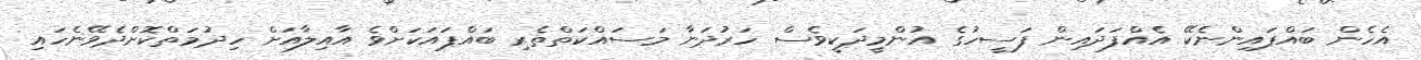
އެހެން ބައްޕައިންނެކޭ އެއްފަދައިން ފަސީހުގެ އުންމީދަކީވެސް ހަރުދަނާ މަސައްކަތްތެރި ބައްޕައަކަށްވެ އާއިލާއަށް ހިދުމަތްކޮށްދެވޭނެހައި